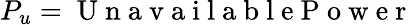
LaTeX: P_{u}=\mathrm{~U~n~a~v~a~i~l~a~b~l~e~P~o~w~e~r~}